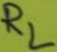
Text: RL